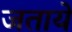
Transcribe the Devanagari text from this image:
जताये